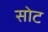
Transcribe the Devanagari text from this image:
सोट